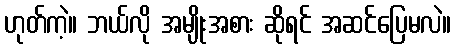
ဟုတ်ကဲ့။ ဘယ်လို အမျိုးအစား ဆိုရင် အဆင်ပြေမလဲ။